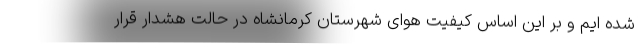
شده ایم و بر این اساس کیفیت هوای شهرستان کرمانشاه در حالت هشدار قرار